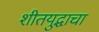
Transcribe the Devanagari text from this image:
शीतयुद्धाचा